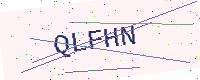
Text: QLFHN